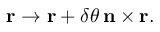
\mathbf { r } \rightarrow \mathbf { r } + \delta \theta \, \mathbf { n } \times \mathbf { r } .